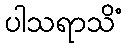
ပါသရာသိံ